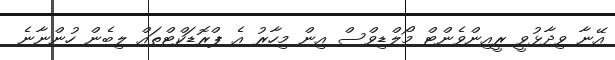
އޭނާ ވިދާޅުވީ ރީއިންވެންޓް މޯލްޑިވްސް އިން މިހާރު އެ ޕްރޮޑަކްޓްތައް ލިބެން ހުންނާނެ